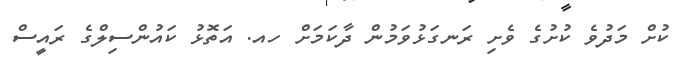
ކުށް މަދުވެ ކުށުގެ ވެށި ރަނގަޅުވަމުން ދާކަމަށް ހއ. އަތޮޅު ކައުންސިލްގެ ރައީސް